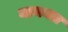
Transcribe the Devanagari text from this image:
नाममत्र